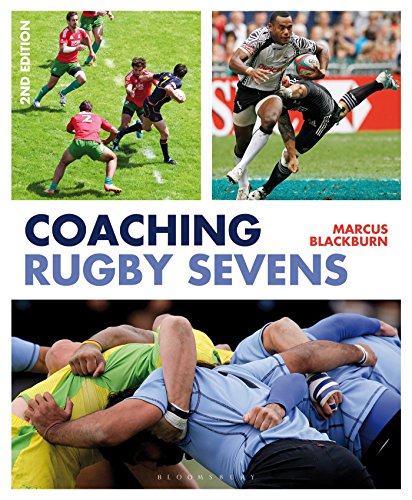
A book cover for Coaching Rugby Sevens; Marcus Blackburn; Sports & Outdoors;